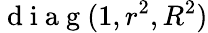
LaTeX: \mathrm{~d~i~a~g~}(1,r^{2},R^{2})